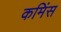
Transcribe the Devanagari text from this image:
कमिंस